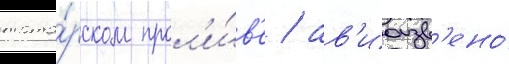
тата́рском прол'и́в'е / ав'иазв'ено́